Annual report of the Civil Veterinary Department, Bengal, and of the Bengal Veterinary College, for the year 1900-1901 - 1900-1901
Year: 1900
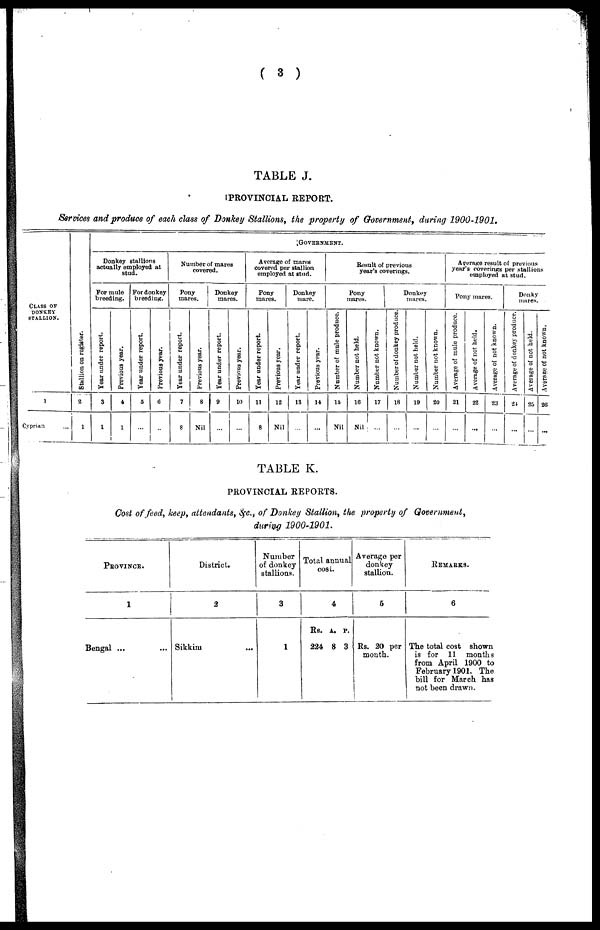
( 3 )
TABLE J.
PROVINCIAL REPORT.
Services and produce of each class of Donkey Stallions, the property of Government, during 1900-1901.
CLASS OF
DONKEY
STALLION.
1
Cyprian ...
St al l
i
on on register.
2
1
GOVERNMENT.
Donkey stallions
actually employed at
stud.
For mule
breeding.
Year under report.
3
1
Previous year.
4
1
For donkey
breeding.
Year under report.
5
...
Previous year.
6
...
Number of mares
covered.
Pony
mares.
Year under report.
7
8
Previous year.
8
Nil
Donkey
mares.
Year under report.
9
...
Previous year.
10
...
Average of mares
covored per stallion
employed at stud.
Pony
inures.
Year under report.
11
8
Previous year.
12
Nil
Donkey
mare.
Year under report.
13
...
Previous year.
14
...
Result of previous
year's coverings.
Pony
mares.
Number of mule produce.
15
Nil
Number not held.
16
Nil
Number not known.
17
...
Donkoy
mares.
Number of donkey produce.
18
...
Number not held.
19
...
Number not known.
20
...
Average result of previous
year's coverings per stallions
employed at stud.
Pony inures.
Average of mule produce.
21
...
Average of not held.
22
...
Average of not known.
23
...
Donky
mares.
Average of donkey produce.
24
...
Average of not held.
25
...
Average of not known,
26
...
TABLE K.
PROVINCIAL REPORTS.
Cost of feed, keep, attendants, &c., of Donkey Stallion, the property of Government,
during 1900-1901.
PROVINCE.
1
Bengal ... ...
District.
2
Sikkim
...
Number
of donkey
stallions.
3
1
Total annual
cost.
4
Rs.
224
A.
8
P.
3
Average per
donkey
stallion.
5
Rs. 20 per
mouth.
REMARKS.
6
The total cost shown
is for 11 months
from April 1900 to
February 1901. The
bill for March has
not been drawn.